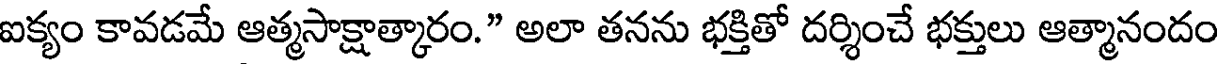
ఐక్యం కావడమే ఆత్మసాక్షాత్కారం." అలా తనను భక్తితో దర్శించే భక్తులు ఆత్మానందం